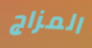
المزاج